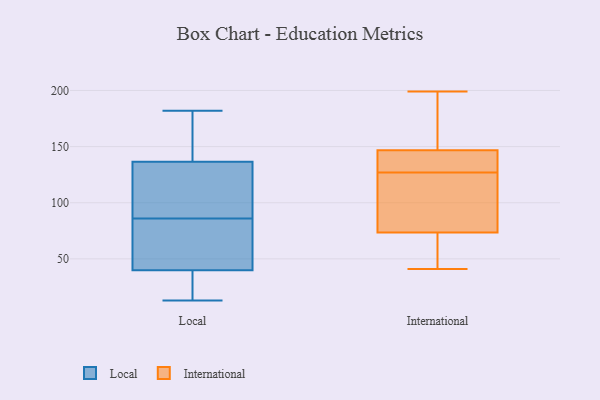
{"axis": {"x": "Humidity (%)", "y": "Value"}, "legend": ["International", "Local"], "data": [{"x": "", "y": 73, "type": "Local"}, {"x": "", "y": 182, "type": "Local"}, {"x": "", "y": 18, "type": "Local"}, {"x": "", "y": 13, "type": "Local"}, {"x": "", "y": 38, "type": "Local"}, {"x": "", "y": 86, "type": "Local"}, {"x": "", "y": 76, "type": "Local"}, {"x": "", "y": 45, "type": "Local"}, {"x": "", "y": 129, "type": "Local"}, {"x": "", "y": 25, "type": "Local"}, {"x": "", "y": 139, "type": "Local"}, {"x": "", "y": 161, "type": "Local"}, {"x": "", "y": 115, "type": "Local"}, {"x": "", "y": 152, "type": "Local"}, {"x": "", "y": 105, "type": "Local"}, {"x": "", "y": 56, "type": "International"}, {"x": "", "y": 130, "type": "International"}, {"x": "", "y": 65, "type": "International"}, {"x": "", "y": 199, "type": "International"}, {"x": "", "y": 137, "type": "International"}, {"x": "", "y": 41, "type": "International"}, {"x": "", "y": 119, "type": "International"}, {"x": "", "y": 100, "type": "International"}, {"x": "", "y": 197, "type": "International"}, {"x": "", "y": 155, "type": "International"}, {"x": "", "y": 143, "type": "International"}, {"x": "", "y": 148, "type": "International"}, {"x": "", "y": 45, "type": "International"}, {"x": "", "y": 43, "type": "International"}, {"x": "", "y": 120, "type": "International"}, {"x": "", "y": 166, "type": "International"}, {"x": "", "y": 99, "type": "International"}, {"x": "", "y": 127, "type": "International"}, {"x": "", "y": 138, "type": "International"}]}